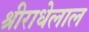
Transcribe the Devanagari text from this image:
श्रीराधेलाल